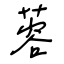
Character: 蓉